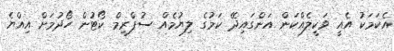
އެކަމަކު އެއީ ވަކީލެއްކަން އަންގައިދޭ ކަމުގެ ލިޔުމެއް ސުޕްރީމް ކޯޓުން ހޯދުމަށް އިއްޔެ